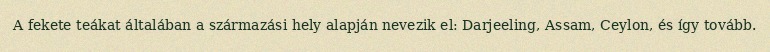
A fekete teákat általában a származási hely alapján nevezik el: Darjeeling, Assam, Ceylon, és így tovább.